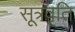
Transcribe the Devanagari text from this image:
सूत्रवृति